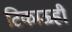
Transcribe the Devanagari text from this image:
टिकाऊही